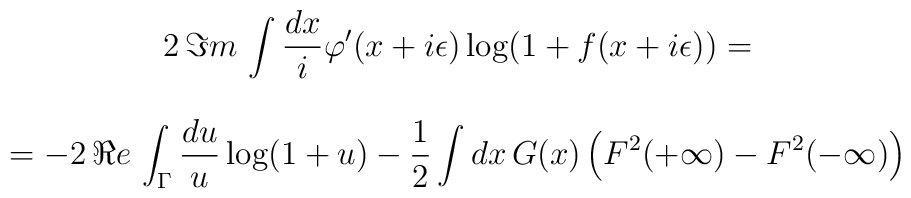
\begin{array}{c}2\, \Im m\, \displaystyle\int \displaystyle\frac{dx}{i}\varphi '(x+i\epsilon )\log (1+f(x+i\epsilon ))=\\\\=-2\, \Re e\, \displaystyle\int _{\Gamma }\displaystyle\frac{du}{u}\log (1+u)-\displaystyle\frac{1}{2}\displaystyle\int dx\, G(x)\left( F^{2}(+\infty )-F^{2}(-\infty )\right) \end{array}